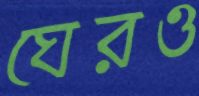
ঘেরও